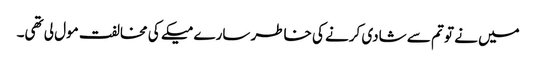
میں نے تو تم سے شادی کرنے کی خاطر سارے میکے کی مخالفت مول لی تھی۔